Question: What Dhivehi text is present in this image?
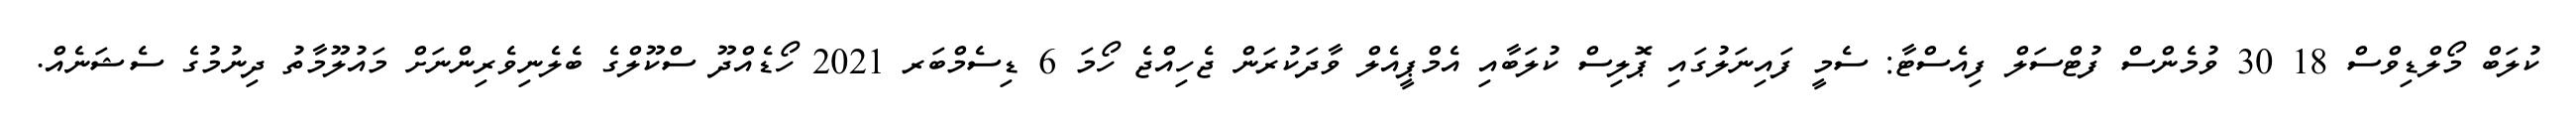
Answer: ކުލަބް މޯލްޑިވްސް 18 30 ވުމެންސް ފުޓްސަލް ފިއެސްޓާ: ސެމީ ފައިނަލުގައި ޕޮލިސް ކުލަބާއި އެމްޕީއެލް ވާދަކުރަން ޖެހިއްޖެ ހޯމަ 6 ޑިސެމްބަރ 2021 ހޯޑެއްދޫ ސްކޫލްގެ ބެލެނިވެރިންނަށް މައުލޫމާތު ދިނުމުގެ ސެޝަނެއް.